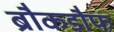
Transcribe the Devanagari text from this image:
ब्रौकडौफ